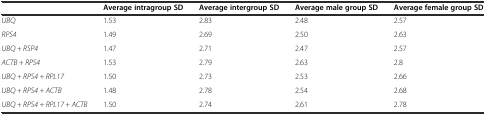
|  | Average intragroup SD | Average intergroup SD | Average male group SD | Average female group SD |
 | --- | --- | --- | --- | --- |
 | UBQ | 1.53 | 2.83 | 2.48 | 2.57 |
 | RPS4 | 1.49 | 2.69 | 2.50 | 2.63 |
 | UBQ + RSP4 | 1.47 | 2.71 | 2.47 | 2.57 |
 | ACTB + RPS4 | 1.53 | 2.79 | 2.63 | 2.8 |
 | UBQ + RPS4 + RPL17 | 1.50 | 2.73 | 2.53 | 2.66 |
 | UBQ + RPS4 + ACTB | 1.48 | 2.78 | 2.54 | 2.68 |
 | UBQ + RPS4 + RPL17 + ACTB | 1.50 | 2.74 | 2.61 | 2.78 |